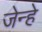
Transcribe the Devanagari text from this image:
जेन्हे